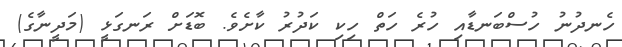
ހެނދުނު ހުސްބަނޑާއި ހުރެ ހަތް ހިކި ކަދުރު ކާށެވެ. ބޮޑަށް ރަނގަޅީ (މަދީނާގެ)